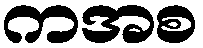
ကအစ